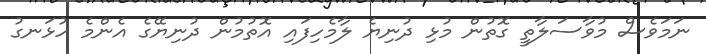
ނަމަވެސް މުވާސަލާތީ ގޮތުން މުޅި ދުނިޔެ ލާމެހިފައި އޮތުމުން ދުނިޔޭގެ އެންމެ ހުޅަނގު